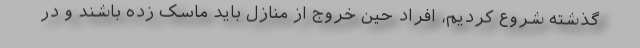
گذشته شروع کردیم، افراد حین خروج از منازل باید ماسک زده باشند و در